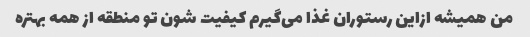
من همیشه ازاین رستوران غذا می‌گیرم کیفیت شون تو منطقه از همه بهتره